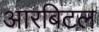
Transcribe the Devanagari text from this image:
आरबिटल